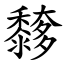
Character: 䵙